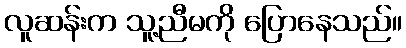
လူဆန်းက သူ့ညီမကို ပြောနေသည်။